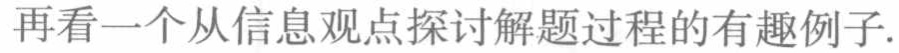
再看一个从信息观点探讨解题过程的有趣例子.